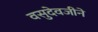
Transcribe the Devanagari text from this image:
वसुदेवजीने